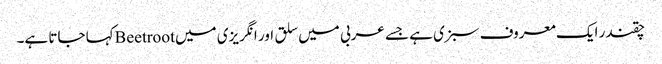
چقندر ایک معروف سبزی ہے جسے عربی میں سلق اور انگریزی میں Beetrootکہا جاتا ہے۔